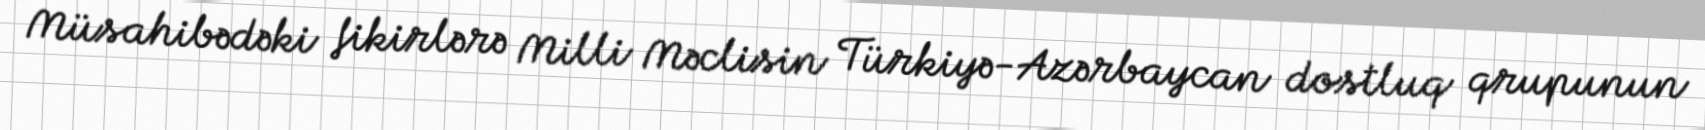
Müsahibədəki fikirlərə Milli Məclisin Türkiyə-Azərbaycan dostluq qrupunun